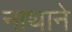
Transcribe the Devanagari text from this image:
नाथाने